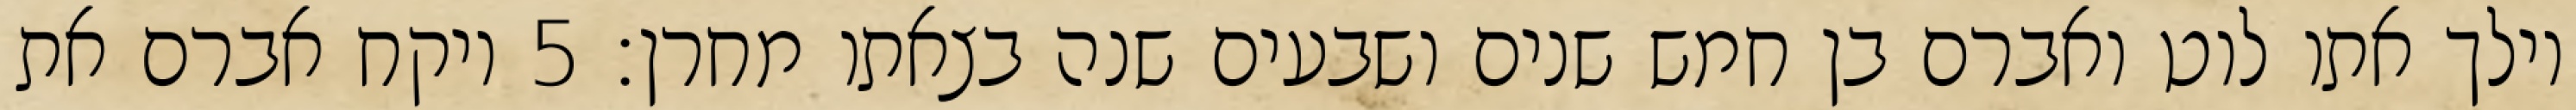
וילך אתו לוט ואברם בן חמש שנים ושבעים שנה בצאתו מחרן׃ ‎5‏ ויקח אברם את